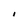
Character: I